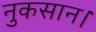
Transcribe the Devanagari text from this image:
नुकसान।